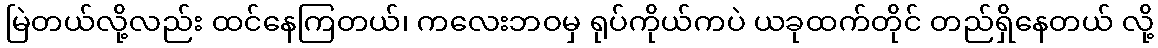
မြဲတယ်လို့လည်း ထင်နေကြတယ်၊ ကလေးဘဝမှ ရုပ်ကိုယ်ကပဲ ယခုထက်တိုင် တည်ရှိနေတယ် လို့